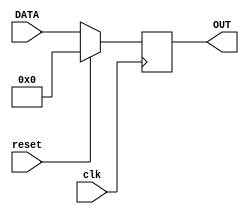
module Register_reset#(
     parameter WIDTH=8)
    (
	  input  clk, reset,
	  input	[WIDTH-1:0] DATA,
	  output reg [WIDTH-1:0] OUT
    );
initial begin
	OUT<=0;
end
	 
always@(posedge clk) begin
	if (reset == 1'b1)
		OUT<={WIDTH{1'b0}};		
	else	
		OUT<=DATA;
end
	 
endmodule